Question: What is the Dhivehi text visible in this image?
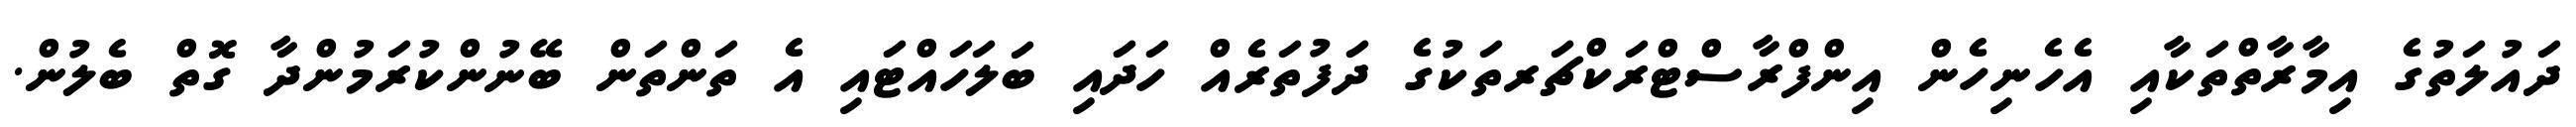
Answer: ދައުލަތުގެ އިމާރާތްތަކާއި އެހެނިހެން އިންފްރާސްޓްރަކްޗަރތަކުގެ ދަފުތަރެއް ހަދައި ބަލަހައްޓައި އެ ތަންތަން ބޭނުންކުރަމުންދާ ގޮތް ބެލުން.